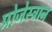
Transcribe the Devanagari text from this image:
प्रोजेस्ट्रान